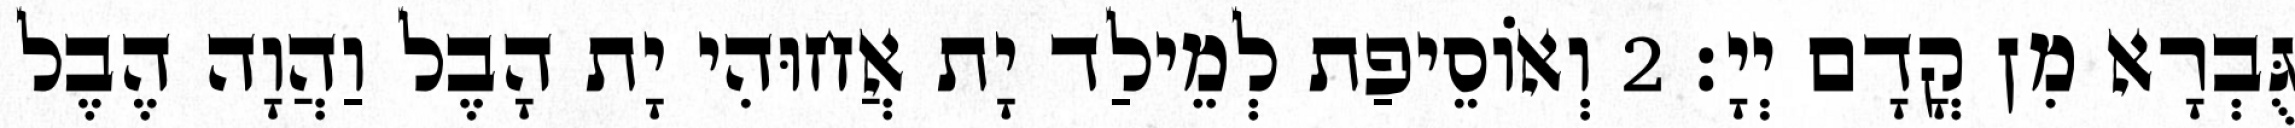
גֻּבְרָא מִן קֳדָם יְיָ׃ 2 וְאוֹסֵיפַת לְמֵילַד יָת אֲחוּהִי יָת הָבֶל וַהֲוָה הֶבֶל